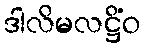
ဒါလိမလဋ္ဌိံဝ